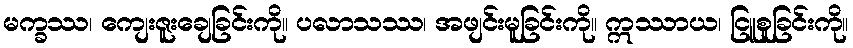
မက္ခဿ၊ ကျေးဇူးချေခြင်းကို။ ပလာသဿ၊ အဖျင်းမူခြင်းကို။ ဣဿာယ၊ ငြူစူခြင်းကို။